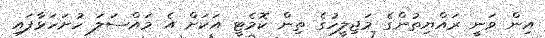
އިން ވަނީ ރައްޔިތުންގެ މަޖިލީހުގެ ތިން ކޮމެޓީ އަކަށް އެ މައްސަލަ ހުށަހަޅާފައި